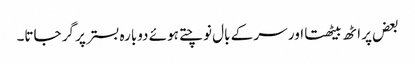
بعض پر اٹھ بیٹھتا اور سر کے بال نوچتے ہوئے دوبارہ بستر پر گر جاتا۔